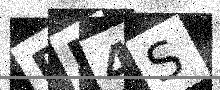
Text: PM4S